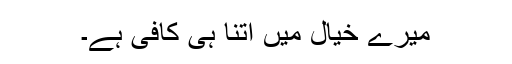
میرے خیال میں اتنا ہی کافی ہے۔